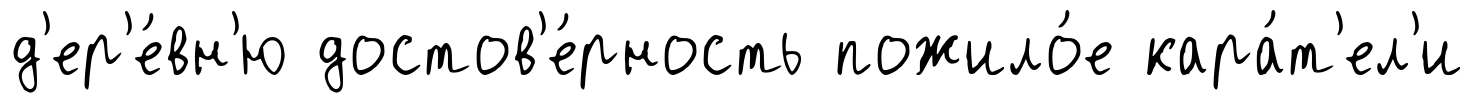
д'ер'е́вн'ю достов'е́рность пожило́е кара́т'ел'и